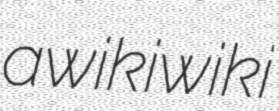
awikiwiki